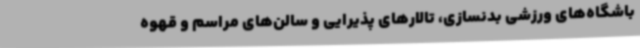
باشگاه‌های ورزشی بدنسازی، تالارهای پذیرایی و سالن‌های مراسم و قهوه